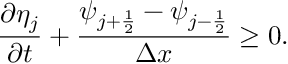
\frac { \partial \eta _ { j } } { \partial t } + \frac { \psi _ { j + \frac { 1 } { 2 } } - \psi _ { j - \frac { 1 } { 2 } } } { \Delta x } \ge 0 .